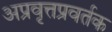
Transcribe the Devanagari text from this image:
अप्रवृत्तप्रवर्तक